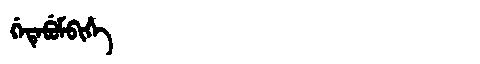
Manchu: ᡤᡝᡨᡝᠪᡠᠮᠪᡳᡥᡝ
Romanization: GETEBUMBIHE